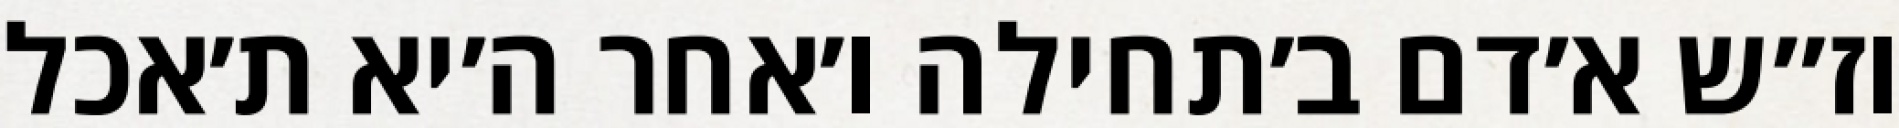
וז״ש א׳דם ב׳תחילה ו׳אחר ה׳יא ת׳אכל